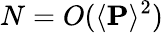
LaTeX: N=O(\langle\mathbf{P}\rangle^{2})